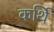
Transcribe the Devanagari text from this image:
कर्थि